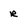
Character: r